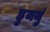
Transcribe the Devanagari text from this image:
हुमयुं